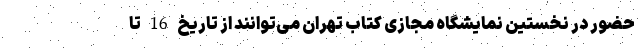
حضور در نخستین نمایشگاه مجازی کتاب تهران می‌توانند از تاریخ 16 تا